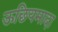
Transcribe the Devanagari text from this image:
ऊछियमादा